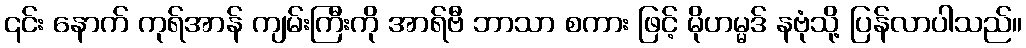
၎င်း နောက် ကုရ်အာန် ကျမ်းကြီးကို အာရ်ဗီ ဘာသာ စကား ဖြင့် မိုဟမ္မဒ် နဗုံသို့ ပြန်လာပါသည်။